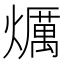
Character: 爄